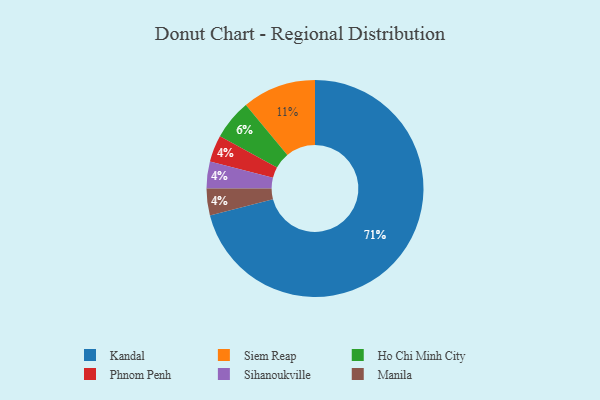
{"axis": {"x": "Category", "y": "Percentage"}, "legend": ["Ho Chi Minh City", "Kandal", "Manila", "Phnom Penh", "Siem Reap", "Sihanoukville"], "data": [{"x": "Ho Chi Minh City", "y": 6, "type": "Ho Chi Minh City"}, {"x": "Phnom Penh", "y": 4, "type": "Phnom Penh"}, {"x": "Kandal", "y": 71, "type": "Kandal"}, {"x": "Sihanoukville", "y": 4, "type": "Sihanoukville"}, {"x": "Manila", "y": 4, "type": "Manila"}, {"x": "Siem Reap", "y": 11, "type": "Siem Reap"}]}